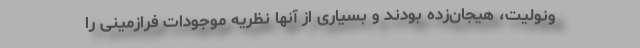
ونولیت، هیجان‌زده بودند و بسیاری از آنها نظریه موجودات فرازمینی را